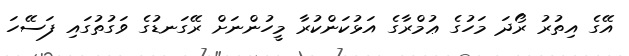
އޭގެ އިތުރު ރޯދަ މަހުގެ ޢުމްރާގެ އަޅުކަންކުރާ މީހުންނަށް ރޭގަނޑުގެ ވަގުތުގައި ފަސޭހަ